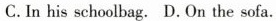
C.In his schoolbag. D. On the sofa.